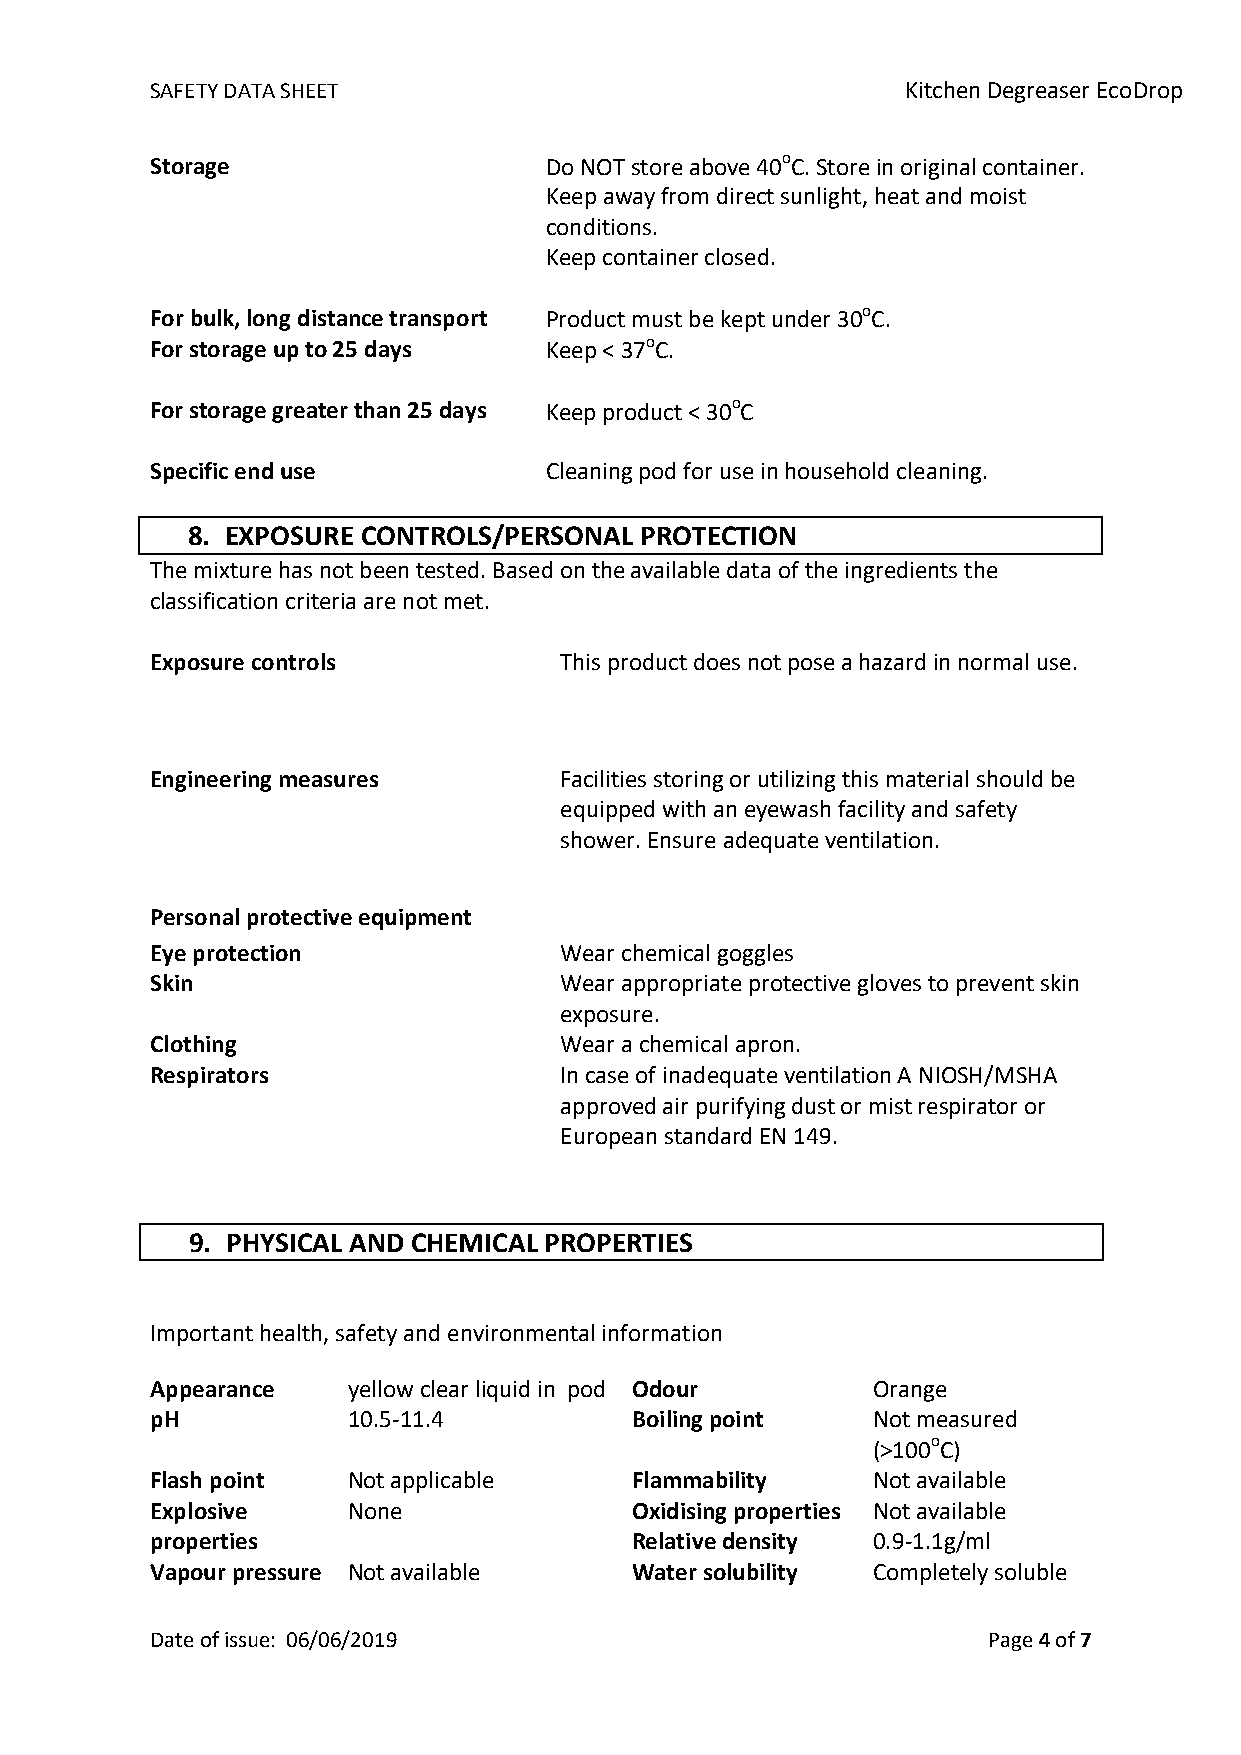
SAFETY DATA SHEET                                 Kitchen Degreaser EcoDrop
 Storage                   Do NOT store above 40oC. Store in original container.
 Keep away from direct sunlight, heat and moist
 conditions.
 Keep container closed.
 For bulk, long distance transport Product must be kept under 30oC.
 For storage up to 25 days Keep < 37oC.
 For storage greater than 25 days Keep product < 30oC
 Specific end use          Cleaning pod for use in household cleaning.
 8. EXPOSURE CONTROLS/PERSONAL PROTECTION
 The mixture has not been tested. Based on the available data of the ingredients the
 classification criteria are not met.
 Exposure controls          This product does not pose a hazard in normal use.
 Engineering measures       Facilities storing or utilizing this material should be
 equipped with an eyewash facility and safety
 shower. Ensure adequate ventilation.
 Personal protective equipment
 Eye protection             Wear chemical goggles
 Skin                       Wear appropriate protective gloves to prevent skin
 exposure.
 Clothing                   Wear a chemical apron.
 Respirators                In case of inadequate ventilation A NIOSH/MSHA
 approved air purifying dust or mist respirator or
 European standard EN 149.
 9. PHYSICAL AND CHEMICAL PROPERTIES
 Important health, safety and environmental information
 Appearance   yellow clear liquid in pod Odour   Orange
 pH           10.5-11.4          Boiling point   Not measured
 (>100oC)
 Flash point  Not applicable     Flammability    Not available
 Explosive    None               Oxidising properties Not available
 properties                      Relative density 0.9-1.1g/ml
 Vapour pressure Not available   Water solubility Completely soluble
 Date of issue: 06/06/2019                              Page 4 of 7